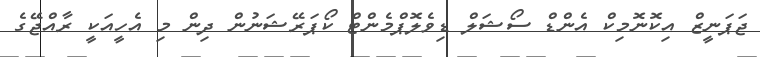
ޖަޕަނީޒް އިކޮނޮމިކް އެންޑް ސޯޝަލް ޑިވެލޮޕްމެންޓް ކޯޕަރޭޝަނުން ދިން މި އެހީއަކީ ރާއްޖޭގެ